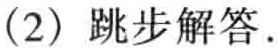
(2) 跳步解答.